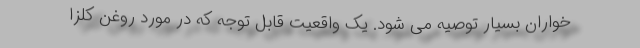
خواران بسیار توصیه می شود. یک واقعیت قابل توجه که در مورد روغن کلزا